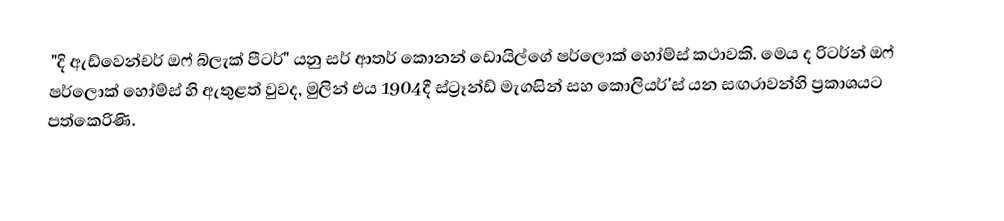
"දි ඇඩ්වෙන්චර් ඔෆ් බ්ලැක් පීටර්" යනු සර් ආතර් කොනන් ඩොයිල්ගේ ෂර්ලොක් හෝම්ස් කථාවකි. මෙය ද රිටර්න් ඔෆ් ෂර්ලොක් හෝම්ස් හි ඇතුළත් වුවද, මුලින් එය 1904දී ස්ට්‍රෑන්ඩ් මැගසින් සහ කොලියර්'ස් යන සඟරාවන්හි ප්‍රකාශයට පත්කෙරිණි.